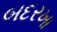
બદરખા